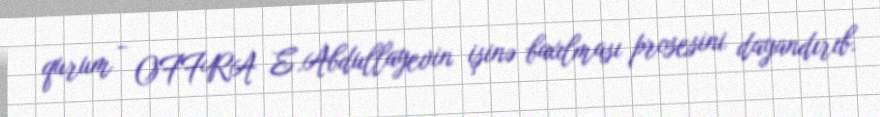
qurum - OFFRA E.Abdullayevin işinə baxılması prosesini dayandırıb.